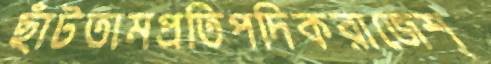
ছাঁটতামপ্রতিপদিকরাজেশ্